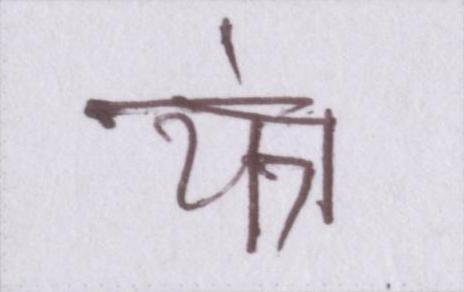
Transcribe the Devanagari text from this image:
यंत्र